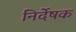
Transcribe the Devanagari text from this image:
निर्देषक